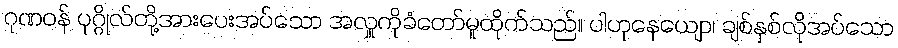
ဂုဏဝန် ပုဂ္ဂိုလ်တို့အားပေးအပ်သော အလှူကိုခံတော်မူထိုက်သည်။ ပါဟုနေယျော၊ ချစ်နှစ်လိုအပ်သော